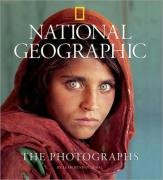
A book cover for National Geographic: The Photographs (National Geographic Collectors Series); Leah Bendavid-Val; Arts & Photography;